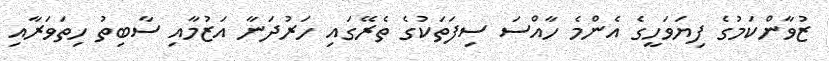
ޒުވާންކަމުގެ ފިޔަވަހީގެ އެންމެ ހާއްސަ ސިފަތަކުގެ ތެރޭގައި ހަރުދަނާ އަޒުމާއި ސާބިތު ހިތަވަރާއި